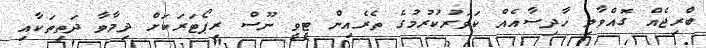
ބްރިޖެއް ގޮއްވާލި ހާދިސާއެއް ކަވަރުކުރުމުގެ ތެރެއިން ޓީވީ ނޫސް ރިޕޯޓަރަކަށް ދިމާވާ ދަތިތަކާއި